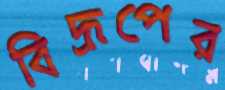
বিদ্রূপের